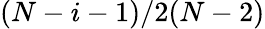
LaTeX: (N-i-1)/2(N-2)